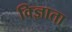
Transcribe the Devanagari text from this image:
विज्ञाता